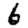
Digit: 6